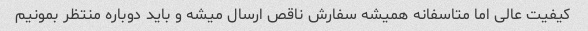
کیفیت عالی اما متاسفانه همیشه سفارش ناقص ارسال میشه و باید دوباره منتظر بمونیم